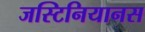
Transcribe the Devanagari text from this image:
जस्टिनियानस